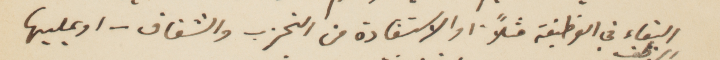
البفاء في الوظيفة مثلًأ والاستفادة من التحزب والشقاق- او يمليها